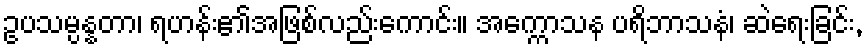
ဥပသမ္ပန္နတာ၊ ရဟန်း၏အဖြစ်လည်းကောင်း။ အက္ကောသန ပရိဘာသနံ၊ ဆဲရေးခြင်း,